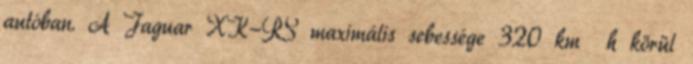
autóban. A Jaguar XK-RS maximális sebessége 320 km h körül